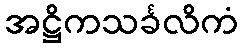
အဋ္ဌိကသင်္ခလိကံ